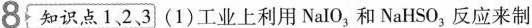
8 知识点1、2、3 (1)工业上利用Nal0_{3}，和NaHSO_{3}，反应来制